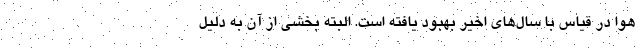
هوا در قیاس با سال‌های اخیر بهبود یافته است. البته بخشی از آن به دلیل